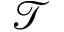
\mathcal { T }